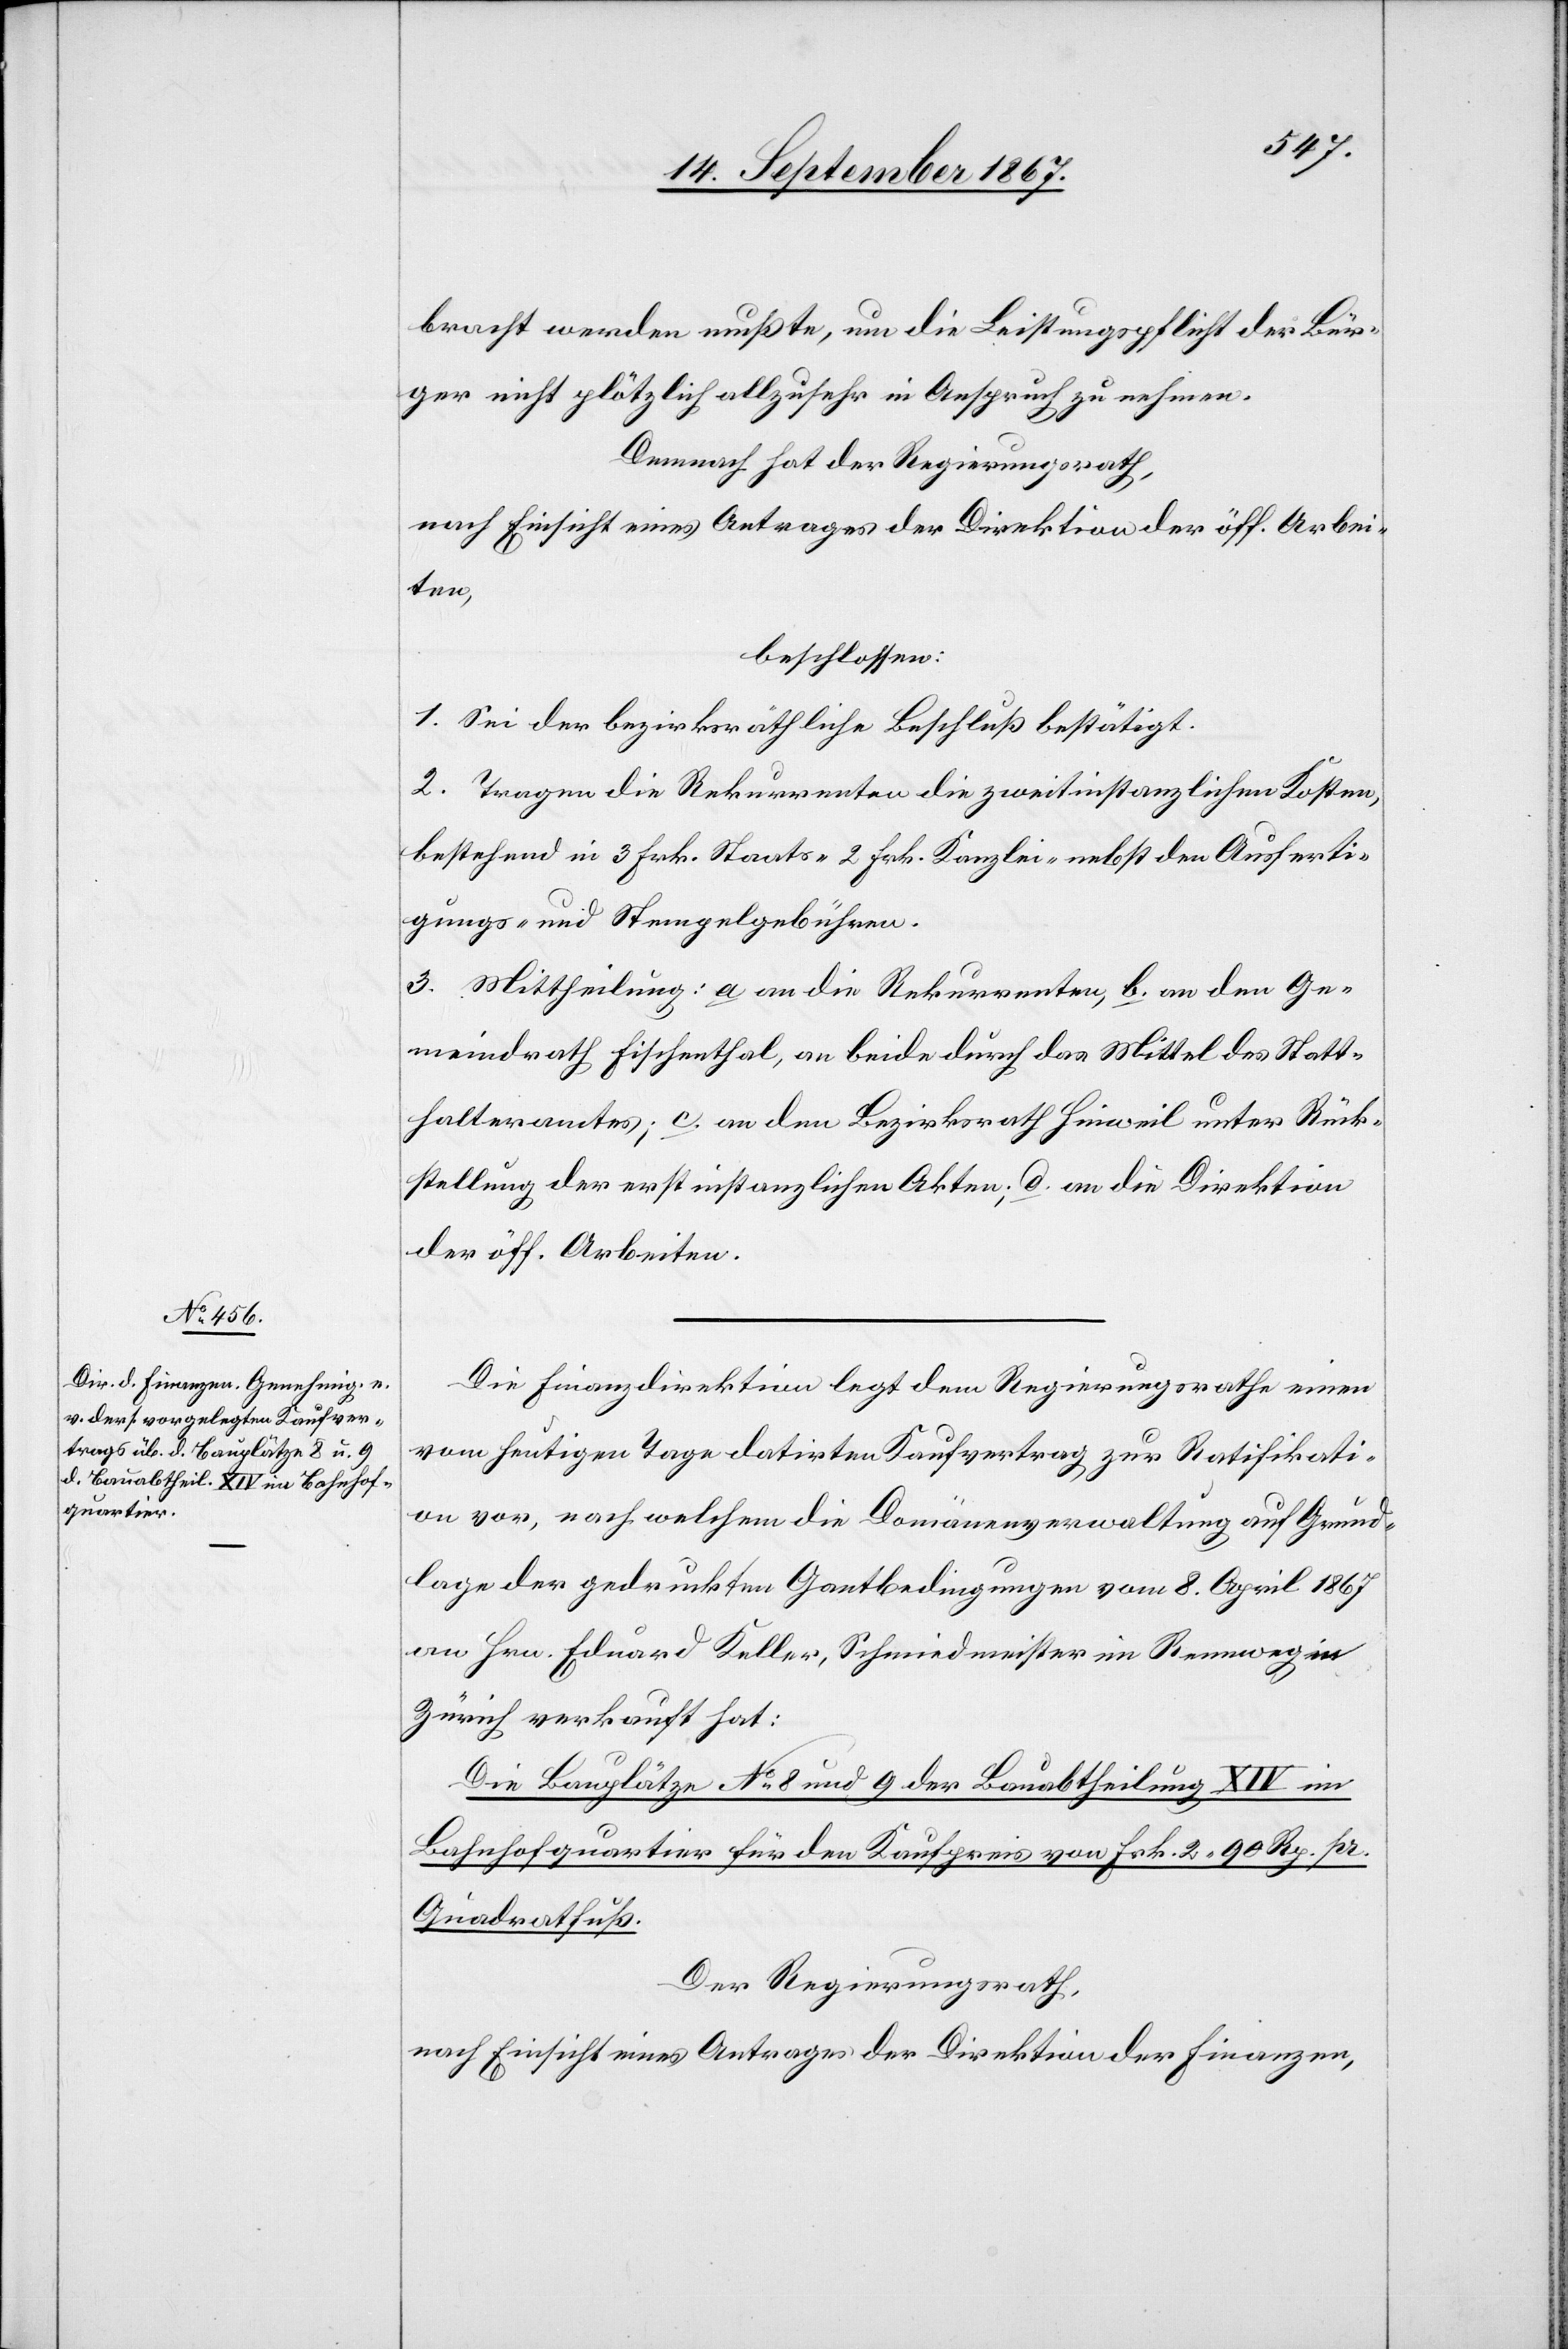
bracht werden mußte, um die Leistungspflicht der Bür¬
ger nicht plötzlich allzusehr in Anspruch zu nehmen.
Demnach hat der Regierungsrath,
nach Einsicht eines Antrages der Direktion der öff. Arbei¬
ten,
beschlossen:
1. Sei der bezirksräthliche Beschluß bestätigt.
2. Tragen die Rekurrenten die zweitinstanzlichen Kosten,
bestehend in 3 Frk. Staats-[,] 2 Frk. Kanzlei- nebst den Ausferti¬
gungs- und Stempelgebühren.
3. Mittheilung: a. an die Rekurrenten, b. an den Ge¬
meindrath Fischenthal, an beide durch das Mittel des Statt¬
halteramtes; c. an den Bezirksrath Hinweil unter Rück¬
stellung der erstinstanzlichen Akten; d. an die Direktion
der öff. Arbeiten.
Die Finanzdirektion legt dem Regierungsrathe einen
vom heutigen Tage datirten Kaufvertrag zur Ratifikati¬
on vor, nach welchem die Domänenverwaltung auf Grund¬
lage der gedruckten Gantbedingungen vom 8. April 1867
an Hrn. Eduard Keller, Schmiemeister im Rennweg in
Zürich verkauft hat:
Die Bauplätze No. 9 und 9 der Bauabtheilung XIV im
Bahnhofquartier für den Kaufpreis von Frk. 2.90 Rp. pr.
Quadratfuß.
Der Regierungsrath,
nach Einsicht eines Antrages der Direktion der Finanzen,